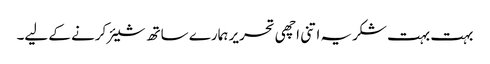
بہت بہت شکریہ اتنی اچھی تحریر ہمارے ساتھ شیئر کرنے کے لیے۔